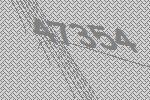
47354